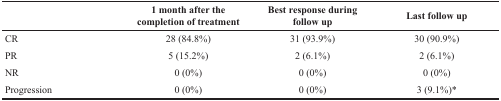
|  | 1 month after the completion of treatment | Best response during follow up | Last follow up |
 | --- | --- | --- | --- |
 | CR | 28 (84.8%) | 31 (93.9%) | 30 (90.9%) |
 | PR | 5 (15.2%) | 2 (6.1%) | 2 (6.1%) |
 | NR | 0 (0%) | 0 (0%) | 0 (0%) |
 | Progression | 0 (0%) | 0 (0%) | 3 (9.1%)* |